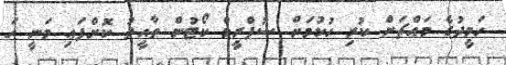
ހަމީދުގެ މައްޗަށް ކުރި ހުކުމަށް ސުޕްރީމް ކޯޓުން ތާއީދު ކޮށްފައި ވަނީ ހަ